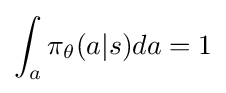
\int _{a}\pi _{\theta }(a|s)da=1